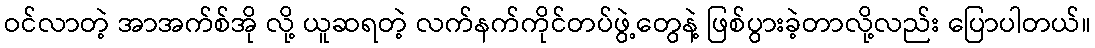
ဝင်လာတဲ့ အာအက်စ်အို လို့ ယူဆရတဲ့ လက်နက်ကိုင်တပ်ဖွဲ့တွေနဲ့ ဖြစ်ပွားခဲ့တာလို့လည်း ပြောပါတယ်။